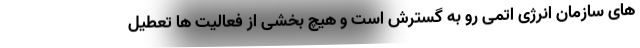
های سازمان انرژی اتمی رو به گسترش است و هیچ بخشی از فعالیت ها تعطیل